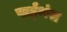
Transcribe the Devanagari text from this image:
पाईथंस